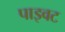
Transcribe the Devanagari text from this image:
पाइवट